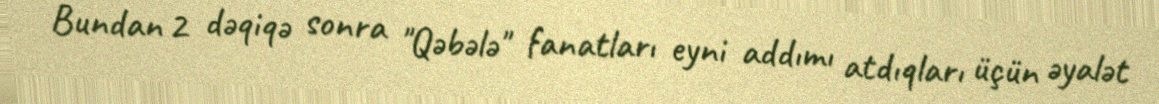
Bundan 2 dəqiqə sonra "Qəbələ" fanatları eyni addımı atdıqları üçün əyalət